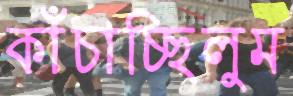
কাঁচাচ্ছিলুম